Annual report on the lock hospitals of the Madras Presidency
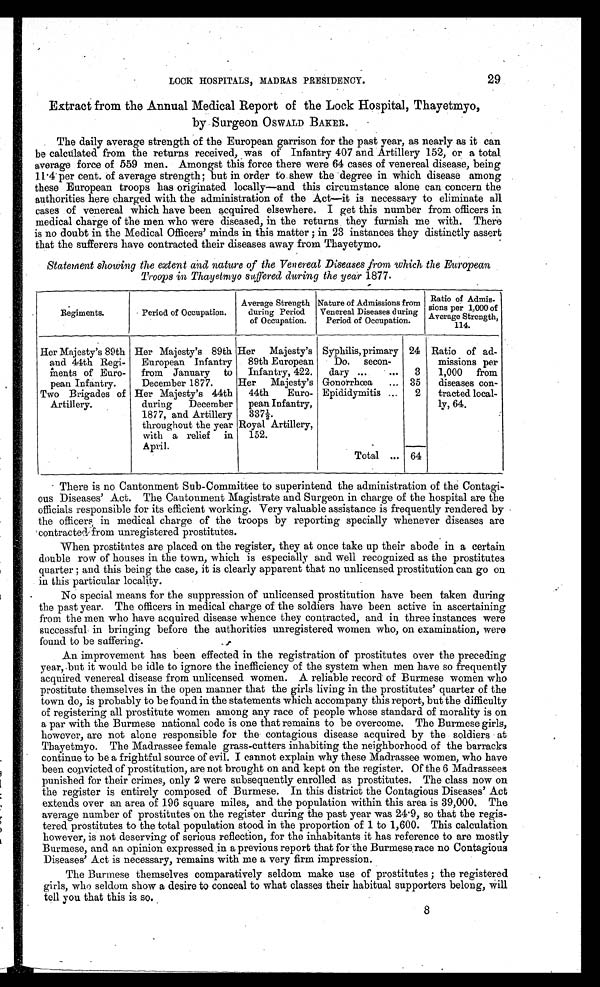
LOCK HOSPITALS, MADRAS PRESIDENCY.
29
Extract from the Annual Medical Report of the Lock Hospital, Thayetmyo,
by Surgeon OSWALD BAKER.
The daily average strength of the European garrison for the past year, as nearly as it can
be calculated from the returns received, was of Infantry 407 and Artillery 152, or a total
average force of 559 men. Amongst this force there were 64 cases of venereal disease, being
11.4 per cent. of average strength; but in order to shew the degree in which disease among
these European troops has originated locally—and this circumstance alone can concern the
authorities here charged with the administration of the Act—it is necessary to eliminate all
cases of venereal which have been acquired elsewhere. I get this number from officers in
medical charge of the men who were diseased, in the returns they furnish me with. There
is no doubt in the Medical Officers' minds in this matter ; in 23 instances they distinctly assert
that the sufferers have contracted their diseases away from Thayetymo.
Statement showing the extent and nature of the Venereal Diseases from which the European
Troops in Thayetmyo suffered during the year 1877.
Regiments.
Period of Occupation.
Average Strength
during Period
of Occupation.
Nature of Admissions from
Venereal Diseases during
Period of Occupation.
Ratio of Admis
-sions per 1,000 of
Average Strength
114.
Her Majesty's 89th
and 44th Regi-
ments of Euro-
pean Infantry.
Her Majesty's 89th
European Infantry
from January to
December 1877.
Her Majesty's
89th European
Infantry, 422.
Syphilis, primary 24 Ratio of ad-
missions per
1,000 from
diseases con-
tracted local-
ly, 64.
Do. secon-
dary ...
• ...
3
Her Majesty's
44th Euro-
pean Infantry,
337½.
Gonorrhœa
... 35
Two Brigades of
Artillery.
Her Majesty's 44th
during December
1877, and Artillery
throughout the year
with a relief in
April.
Epididymitis ...
•
2
Royal Artillery,
152.
•
Total ... 64
There is no Cantonment Sub-Committee to superintend the administration of the Contagi-
ous Diseases' Act. The Cantonment Magistrate and Surgeon in charge of the hospital are the
officials responsible for its efficient working. Very valuable assistance is frequently rendered by
the officers in medical charge of the troops by reporting specially whenever diseases are
contracted from unregistered prostitutes.
When prostitutes are placed on the register, they at once take up their abode in a certain
double row of houses in the town, which is especially and well recognized as the prostitutes
quarter ; and this being the case, it is clearly apparent that no unlicensed prostitution can go on
in this particular locality.
No special means for the suppression of unlicensed prostitution have been taken during
the past year. The officers in medical charge of the soldiers have been active in ascertaining
from the men who have acquired disease whence they contracted, and in three instances were
successful in bringing before the authorities unregistered women who, on examination, were
found to be suffering.
An improvement has been effected in the registration of prostitutes over the preceding
year, but it would be idle to ignore the inefficiency of the system when men have so frequently
acquired venereal disease from unlicensed women. A reliable record of Burmese women who
prostitute themselves in the open manner that the girls living in the prostitutes' quarter of the
town do, is probably to be found in the statements which accompany this report, but the difficulty
of registering all prostitute women among any race of people whose standard of morality is on
a par with the Burmese national code is one that remains to be overcome. The Burmese girls,
however, are not alone responsible for the contagious disease acquired by the soldiers at
Thayetmyo. The Madrassee female grass-cutters inhabiting the neighborhood of the barracks
continue to be a frightful source of evil. I cannot explain why these Madrassee women, who have
been convicted of prostitution, are not brought on and kept on the register. Of the 6 Madrassees
punished for their crimes, only 2 were subsequently enrolled as prostitutes. The class now on
the register is entirely composed of Burmese. In this district the Contagious Diseases' Act
extends over an area of 196 square miles, and the population within this area is 39,000. The
average number of prostitutes on the register during the past year was 24.9, so that the
regis-tered prostitutes to the total population stood in the proportion of 1 to 1,600. This calculation
however, is not deserving of serious reflection, for the inhabitants it has reference to are mostly
Burmese, and an opinion expressed in a previous report that for the Burmese race no Contagious
Diseases' Act is necessary, remains with me a very firm impression.
The Burmese themselves comparatively seldom make use of prostitutes ; the registered
girls, who seldom show a desire to conceal to what classes their habitual supporters belong,
tell you that this is so.
8